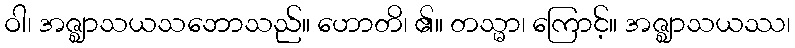
ဝါ၊ အဇ္ဈာသယသဘောသည်။ ဟောတိ၊ ၏။ တသ္မာ၊ ကြောင့်။ အဇ္ဈာသယဿ၊